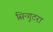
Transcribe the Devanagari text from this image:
सिन्गुटरा